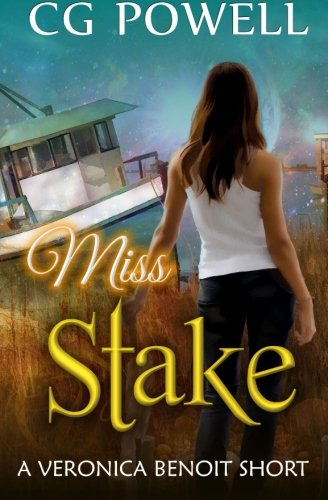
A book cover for Miss Stake (The Miss Series); C. G. Powell; Science Fiction & Fantasy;